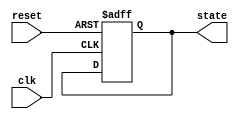
module PreConfiguredStateInitialization (
    input wire reset,      // Active-high reset signal
    input wire clk,        // Clock signal
    output reg [3:0] state // State output (4-bit for example)
);

// Define the pre-configured state value
localparam PRE_CONFIGURED_STATE = 4'b0001; // Example state value

// Sequential logic for state initialization and transitions
always @(posedge clk or posedge reset) begin
    if (reset) begin
        // Initialize state to pre-configured value on reset
        state <= PRE_CONFIGURED_STATE;
    end else begin
        // Normal operation (state transition logic goes here)
        // For example, you can implement state transitions based on other inputs
        // state <= next_state; // Uncomment and define next_state logic as needed
    end
end

endmodule